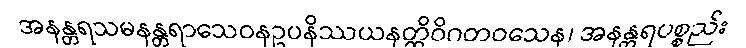
အနန္တရသမနန္တရာသေဝနဥပနိဿယနတ္ထိဝိဂတဝသေန၊ အနန္တရပစ္စည်း